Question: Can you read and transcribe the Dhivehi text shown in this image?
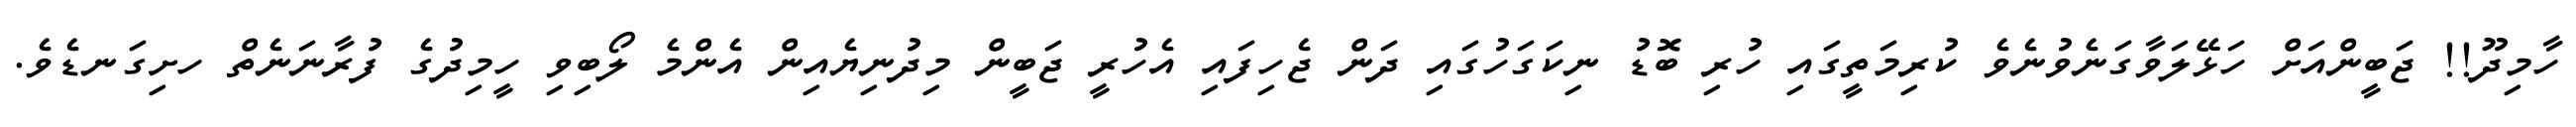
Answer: ހާމިދޫ!! ޖަބީންއަށް ހަޅޭލަވާގަނެވުނެވެ ކުރިމަތީގައި ހުރި ބޮޑު ނިކަގަހުގައި ދަން ޖެހިފައި އެހުރީ ޖަބީން މިދުނިޔެއިން އެންމެ ލޯބިވި ހީމިދުގެ ފުރާނަނެތް ހށިގަނޑެވެ.